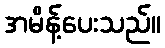
အမိန့်ပေးသည်။